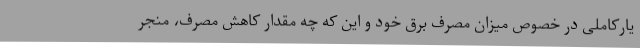
یارکاملی در خصوص میزان مصرف برق خود و این که چه مقدار کاهش مصرف، منجر